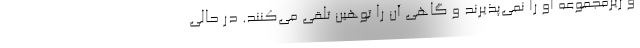
و زیرمجموعه او را نمی‌پذیرند و گاهی آن را توهین تلقی می‌کنند. در حالی